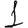
Digit: 1